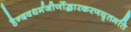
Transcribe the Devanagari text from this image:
हैन्दवधर्मजीर्णोद्धारकरणघृतमति